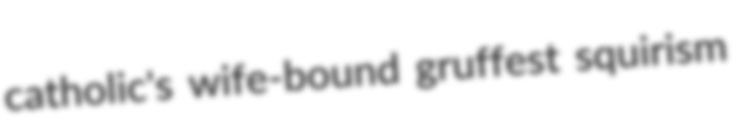
catholic's wife-bound gruffest squirism